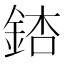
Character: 𨧃